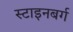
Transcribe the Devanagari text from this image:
स्टाइनबर्ग